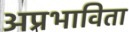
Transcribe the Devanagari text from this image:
अप्रभाविता